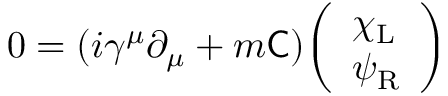
0 = ( i \gamma ^ { \mu } \partial _ { \mu } + m { \mathsf { C } } ) { \left( \begin{array} { l } { \chi _ { \mathrm { { L } } } } \\ { \psi _ { \mathrm { { R } } } } \end{array} \right) }